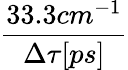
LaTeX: \frac{33.3cm^{-1}}{\Delta\tau[ps]}